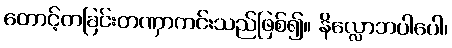
တောင့်တခြင်းတဏှာကင်းသည်ဖြစ်၍။ နိလ္လောဘပါပေါ၊